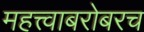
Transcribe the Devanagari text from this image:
महत्त्वाबरोबरच